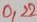
Text: 0,22